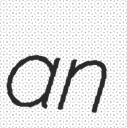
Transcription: an